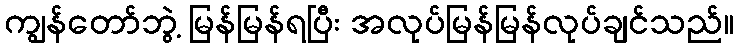
ကျွန်တော်ဘွဲ့ မြန်မြန်ရပြီး အလုပ်မြန်မြန်လုပ်ချင်သည်။